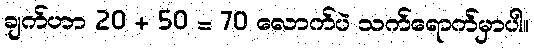
ချက်ဟာ 20 + 50 = 70 လောက်ပဲ သက်ရောက်မှာပါ။